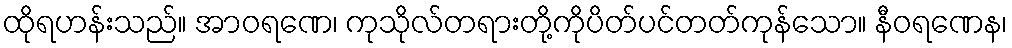
ထိုရဟန်းသည်။ အာဝရဏေ၊ ကုသိုလ်တရားတို့ကိုပိတ်ပင်တတ်ကုန်သော။ နီဝရဏေန၊